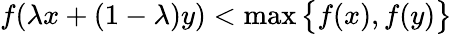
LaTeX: f(\lambda x+(1-\lambda)y)<\operatorname*{max}{\big\{ }f(x),f(y){\big\} }